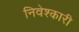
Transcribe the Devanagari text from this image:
निवेश्कारी